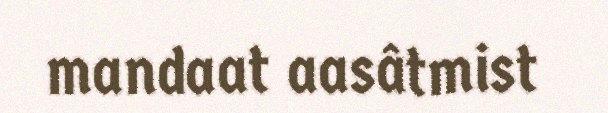
mandaat aasâtmist